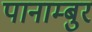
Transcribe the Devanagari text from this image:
पानाम्बुर